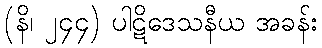
(နိ၊ ၂၄၄) ပါဋိဒေသနီယ အခန်း